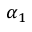
\alpha _ { 1 }